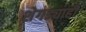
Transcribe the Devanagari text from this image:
शेगड्याही